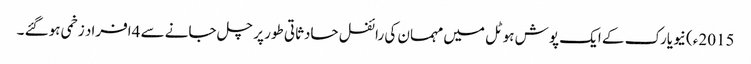
2015ء) نیویارک کے ایک پوش ہوٹل میں مہمان کی رائفل حادثاتی طور پر چل جانے سے 4افراد زخمی ہوگئے ۔